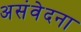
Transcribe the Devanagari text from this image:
असंवेदना